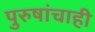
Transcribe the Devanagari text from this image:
पुरुषांचाही